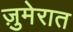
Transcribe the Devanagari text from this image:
ज़ुमेरात